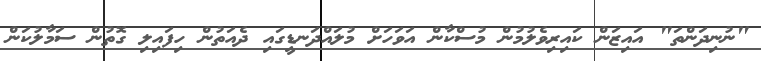
"ނުނިދަންތަ" އައިޒަން ކައިރިވެލުމުން މުސްކާން އަވަހަށް މުލައްދަނޑީގައި ދެއަތުން ހިފައިލި ގޮތުން ސަމާލުކަން